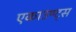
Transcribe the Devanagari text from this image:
एकाउण्‍ट्स